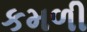
કમળી